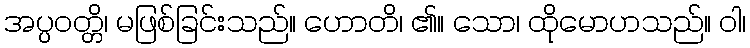
အပ္ပဝတ္တိ၊ မဖြစ်ခြင်းသည်။ ဟောတိ၊ ၏။ သော၊ ထိုမောဟသည်။ ဝါ၊